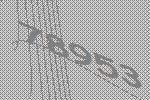
78953